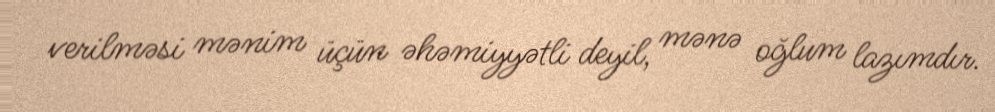
verilməsi mənim üçün əhəmiyyətli deyil, mənə oğlum lazımdır.